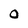
Character: 0